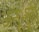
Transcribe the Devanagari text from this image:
अनूभुती